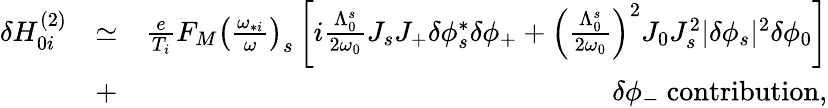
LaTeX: \begin{array}{rlr}{\delta H_{0i}^{(2)}}&{\simeq}&{\frac{e}{T_{i}}F_{M}\left(\frac{\omega_{*i}}{\omega}\right)_{s}\left[i\frac{\Lambda_{0}^{s}}{2\omega_{0}}J_{s}J_{+}\delta\phi_{s}^{*}\delta\phi_{+}+\left(\frac{\Lambda_{0}^{s}}{2\omega_{0}}\right)^{2}J_{0}J_{s}^{2}\lvert\delta\phi_{s}\rvert^{2}\delta\phi_{0}\right]}\\ &{+}&{\delta\phi_{-}\ \mathrm{contribution},}\end{array}